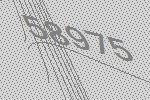
58975